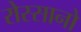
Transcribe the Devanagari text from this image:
रोस्सानो